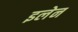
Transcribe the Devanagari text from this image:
इलेन